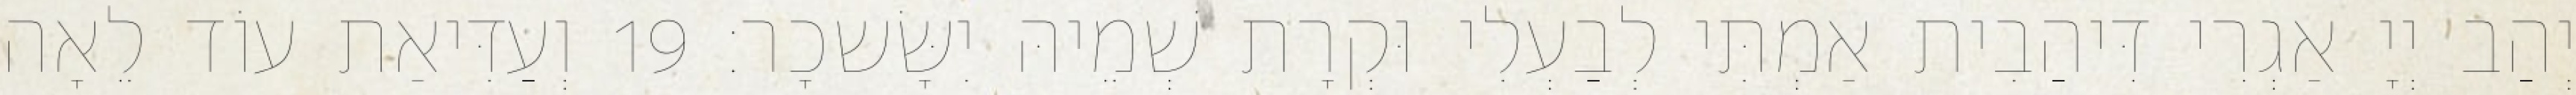
יְהַב יְיָ אַגְרִי דִּיהַבִית אַמְתִּי לְבַעְלִי וּקְרָת שְׁמֵיהּ יִשָּׂשכָר׃ 19 וְעַדִּיאַת עוֹד לֵאָה